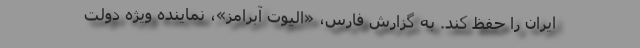
ایران را حفظ کند. به گزارش فارس، «الیوت آبرامز»، نماینده ویژه دولت